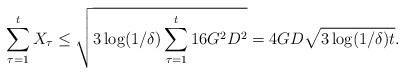
LaTeX: \begin{align*}\sum_{\tau=1}^{t}X_{\tau} \leq \sqrt{3\log(1/\delta)\sum_{\tau=1}^{t}16G^2D^2} = 4GD\sqrt{3\log(1/\delta)t}. \end{align*}